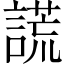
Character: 謊